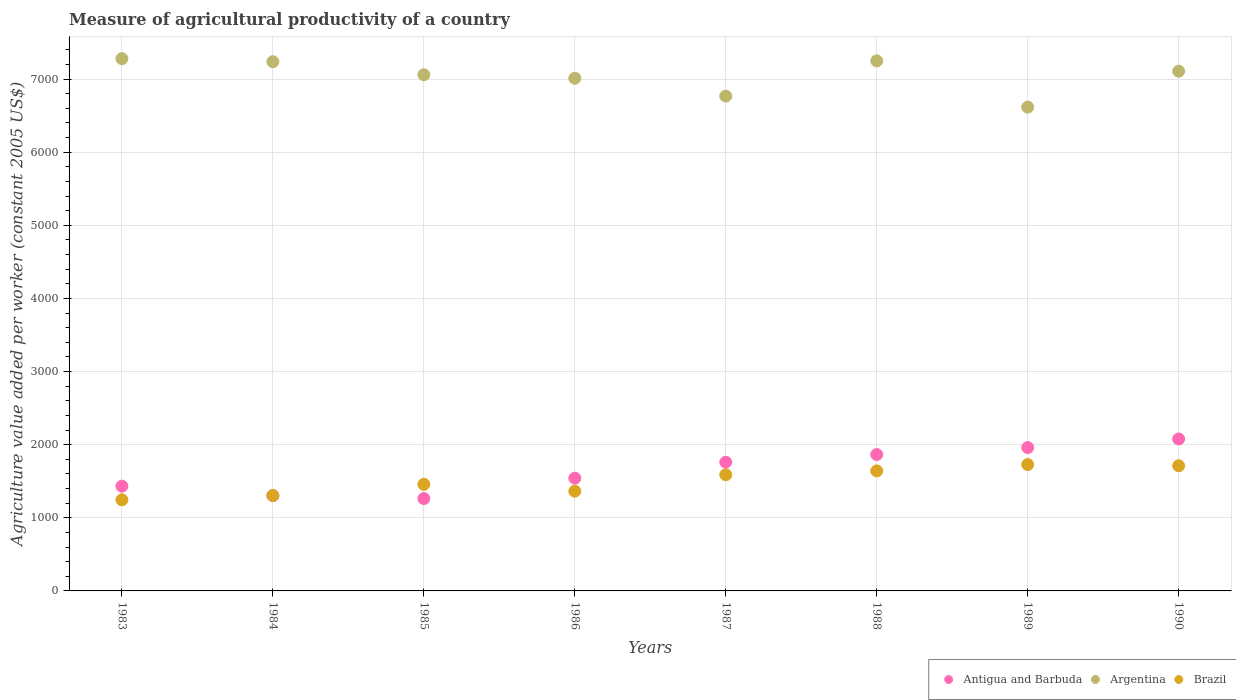
| Years | Antigua and Barbuda | Argentina | Brazil |
 | --- | --- | --- | --- |
 | 1983 | 1.43e+03 | 7.28e+03 | 1.25e+03 |
 | 1984 | 1.3e+03 | 7.24e+03 | 1.3e+03 |
 | 1985 | 1.26e+03 | 7.06e+03 | 1.46e+03 |
 | 1986 | 1.54e+03 | 7.01e+03 | 1.36e+03 |
 | 1987 | 1.76e+03 | 6.77e+03 | 1.59e+03 |
 | 1988 | 1.87e+03 | 7.25e+03 | 1.64e+03 |
 | 1989 | 1.96e+03 | 6.62e+03 | 1.73e+03 |
 | 1990 | 2.08e+03 | 7.11e+03 | 1.71e+03 |